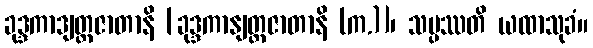
ခုဒ္ဒကာဒျတ္ထဇာတာနိ [ခုဒ္ဒကာနျတ္ထဇာတာနိ (က.)]၊ သမ္ပဿတိ ယထာသုခံ။